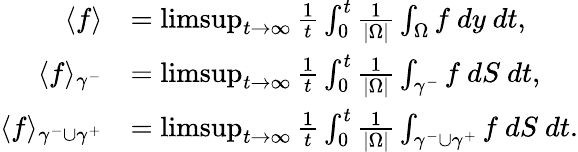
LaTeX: \begin{array}{rl}{\langle f\rangle}&{=\operatorname*{limsup}_{t\to\infty}\frac{1}{t}\int_{0}^{t}\frac{1}{|\Omega|}\int_{\Omega}f\ dy\ dt,}\\ {\langle f\rangle_{\gamma^{-}}}&{=\operatorname*{limsup}_{t\to\infty}\frac{1}{t}\int_{0}^{t}\frac{1}{|\Omega|}\int_{\gamma^{-}}f\ dS\ dt,}\\ {\langle f\rangle_{\gamma^{-}\cup\gamma^{+}}}&{=\operatorname*{limsup}_{t\to\infty}\frac{1}{t}\int_{0}^{t}\frac{1}{|\Omega|}\int_{\gamma^{-}\cup\gamma^{+}}f\ dS\ dt.}\end{array}